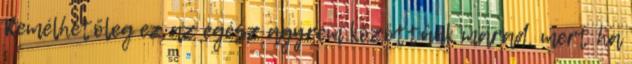
Remélhetőleg ez az egész agyrém közöttünk marad, mert ha